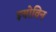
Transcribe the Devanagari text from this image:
इयोविन